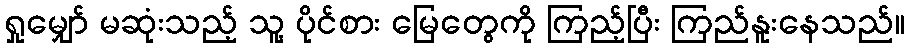
ရှုမျှော် မဆုံးသည့် သူ့ ပိုင်စား မြေတွေကို ကြည့်ပြီး ကြည်နူးနေသည်။